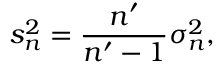
s _ { n } ^ { 2 } = { \frac { n ^ { \prime } } { n ^ { \prime } - 1 } } \sigma _ { n } ^ { 2 } ,